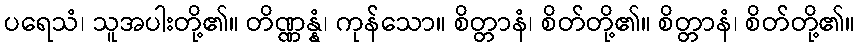
ပရေသံ၊ သူအပါးတို့၏။ တိဏ္ဏန္နံ၊ ကုန်သော။ စိတ္တာနံ၊ စိတ်တို့၏။ စိတ္တာနံ၊ စိတ်တို့၏။